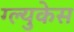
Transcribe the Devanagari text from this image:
ग्ल्युकेस